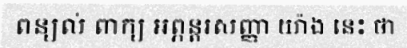
ពន្យល់ ពាក្យ អព្ភន្តរសញ្ញា យ៉ាង នេះ ថា